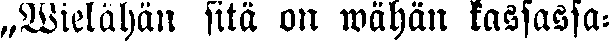
„Wielähän sitä on wähän kasassa-